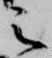
之